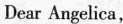
Dear Angelica，